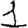
Digit: 1